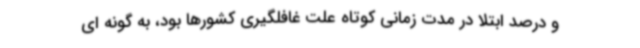
و درصد ابتلا در مدت زمانی کوتاه علت غافلگیری کشورها بود، به گونه ای